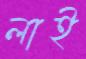
লাই